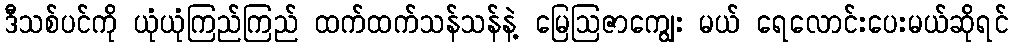
ဒီသစ်ပင်ကို ယုံယုံကြည်ကြည် ထက်ထက်သန်သန်နဲ့ မြေဩဇာကျွေး မယ် ရေလောင်းပေးမယ်ဆိုရင်